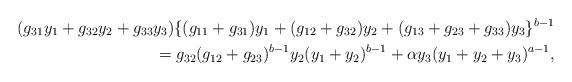
LaTeX: \begin{align*} (g_{31}y_1+g_{32}y_2+g_{33}y_3)\{(g_{11}+g_{31})y_1 +(g_{12}+g_{32})y_2+(g_{13}+g_{23}+g_{33})y_3\}^{b-1}\\ =g_{32}(g_{12}+g_{23})^{b-1}y_2(y_1+y_2)^{b-1}+\alpha y_3(y_1+y_2+y_3)^{a-1}, \end{align*}